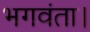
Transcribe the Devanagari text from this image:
भगवंता।